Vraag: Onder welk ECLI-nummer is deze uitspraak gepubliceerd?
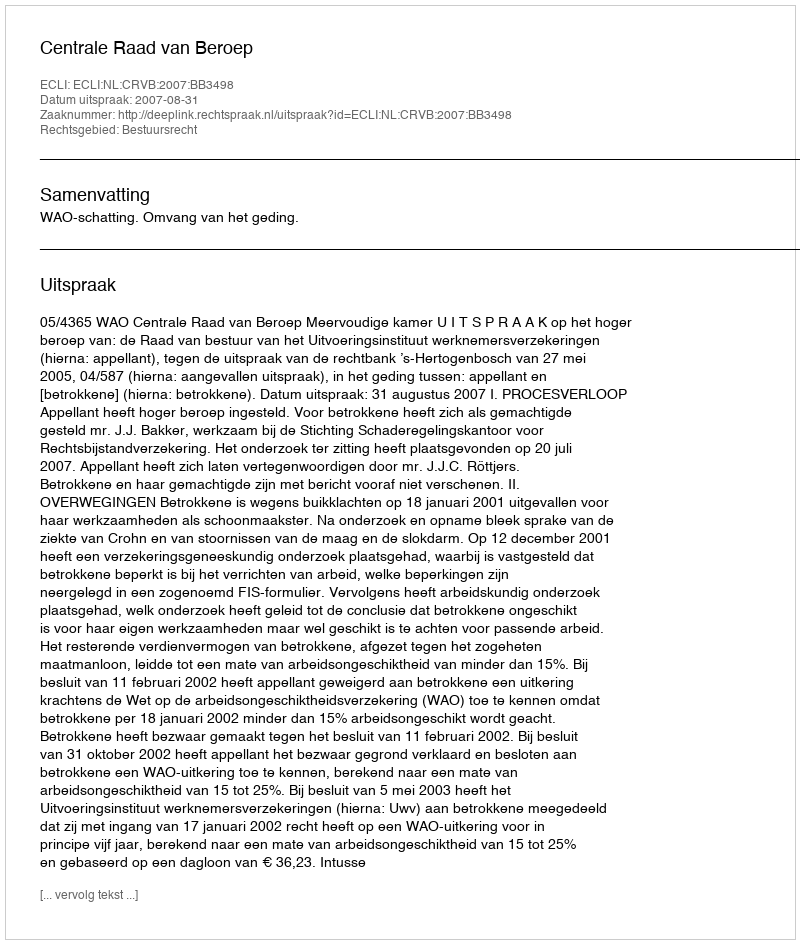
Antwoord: ECLI:NL:CRVB:2007:BB3498